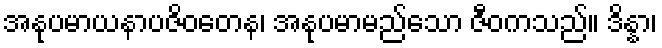
အနုပမာယနာပဇိဝတေန၊ အနုပမာမည်သော ဇီဝကသည်။ ဒိန္နာ၊